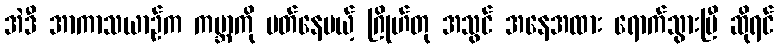
အဲဒီ အာကာသယာဉ်က ကမ္ဘာကို ပတ်နေမယ့် ဂြိုဟ်တု အသွင် အနေအထား ရောက်သွားပြီ ဆိုရင်